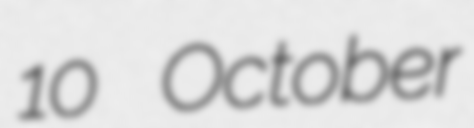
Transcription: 10 October